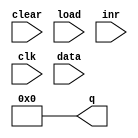
module bit4inc4Reg_t4(clear, load, inr, clk, data, q);

input clear, load, inr, clk;
input [3:0] data;
output [3:0] q = 4'h0;
reg [3:0] q = 4'h0;

always @(posedge clk)
begin
	if(clear) q <= 0;
	else if(load) q <= data;
	else if(inr) q <= q + 4'h1;
end

endmodule